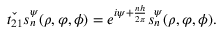
\check { t _ { 2 1 } } s _ { n } ^ { \psi } ( \rho , \varphi , \phi ) = e ^ { i \psi + \frac { n h } { 2 \pi } } s _ { n } ^ { \psi } ( \rho , \varphi , \phi ) .